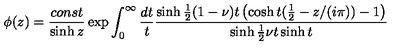
\phi ( z ) = \frac { c o n s t } { \sinh z } \exp \int _ { 0 } ^ { \infty } \frac { d t } { t } \frac { \sinh \frac { 1 } { 2 } ( 1 - \nu ) t \left( \cosh t ( \frac { 1 } { 2 } - z / ( i \pi ) ) - 1 \right) } { \sinh \frac { 1 } { 2 } \nu t \sinh t }